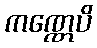
ကဏ္ဏေပိ